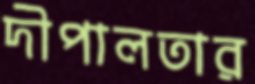
দীপালতার